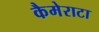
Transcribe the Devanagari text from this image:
कैमेराटा